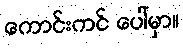
ကောင်းကင် ပေါ်မှာ။